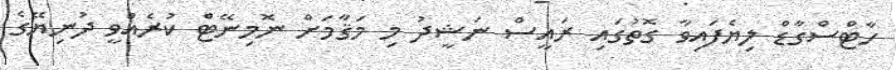
ހާޓްސްގާޑް ލިޔެފައިވާ ގޮތުގައި ރައީސް ނަޝީދު މި މަޤާމަށް ނޮމިނޭޓް ކުރެއްވީ ދުނިޔޭގެ